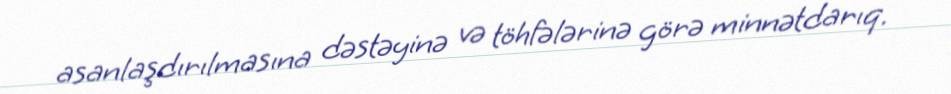
asanlaşdırılmasına dəstəyinə və töhfələrinə görə minnətdarıq.